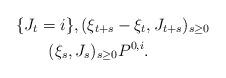
LaTeX: \begin{align*}&\{J_t=i\},(\xi_{t+s}-\xi_t,J_{t+s})_{s\geq 0} \\&\qquad(\xi_s, J_s)_{s\geq 0}P^{0,i}.\end{align*}